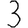
Digit: 3